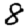
Digit: 8